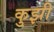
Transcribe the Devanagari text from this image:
कुझी